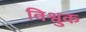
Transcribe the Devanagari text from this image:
विश्वुक